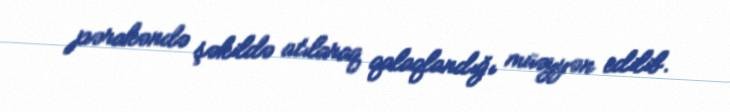
pərakəndə şəkildə atılaraq qalaqlandığı müəyyən edilib.